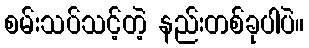
စမ်းသပ်သင့်တဲ့ နည်းတစ်ခုပါပဲ။